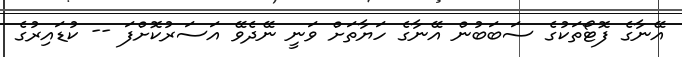
އޭނާގެ ފޮޓޯތަކުގެ ސަބަބުން އޭނާގެ ހަޔާތަށް ވަނީ ނޭދެވޭ އަސަރުކޮށްފަ -- ކުޑައިރުގެ